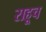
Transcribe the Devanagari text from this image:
राहूच